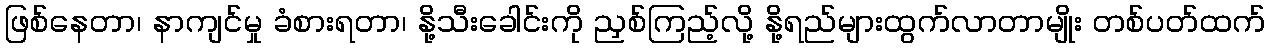
ဖြစ်နေတာ၊ နာကျင်မှု ခံစားရတာ၊ နို့သီးခေါင်းကို ညှစ်ကြည့်လို့ နို့ရည်များထွက်လာတာမျိုး တစ်ပတ်ထက်